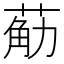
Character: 𮏴